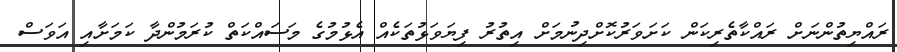
ރައްޔިތުންނަށް ރައްކާތެރިކަން ކަށަވަރުކޮށްދިނުމަށް އިތުރު ފިޔަވަޅުތަކެއް އެޅުމުގެ މަސައްކަތް ކުރަމުންދާ ކަމަށާއި އަވަސް